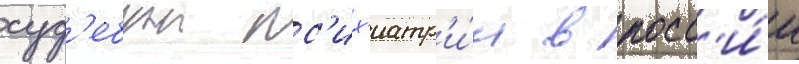
суд'ебнои пс'их'иатр'и́и в росс'и́и